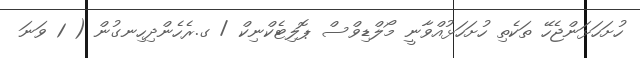
ހުށަހަޅަންޖެހޭ ތަކެތި ހުށަހަޅުއްވާނީ މޯލްޑިވްސް ޕޮލިޓެކްނިކް / ގ.ރެހެންދިހިނގުން ( 1 ވަނަ